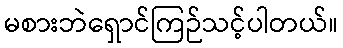
မစားဘဲရှောင်ကြဉ်သင့်ပါတယ်။